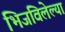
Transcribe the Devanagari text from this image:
भिजविलेल्या